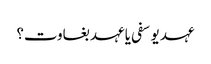
عہد یوسفی یا عہد بغاوت؟